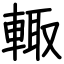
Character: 輙